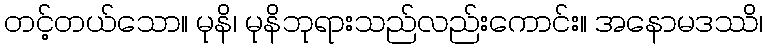
တင့်တယ်သော။ မုနိ၊ မုနိဘုရားသည်လည်းကောင်း။ အနောမဒဿိ၊